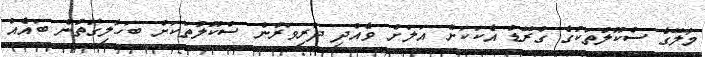
މާލޭގެ ސްކޫލުތަކުގެ ގްރޭޑް އެކަކަށް އަލަށް ވެއްދި ދަރިވަރުން ސްކޫލުތަކަށް ބަހާލިގޮތުން ބައެއް